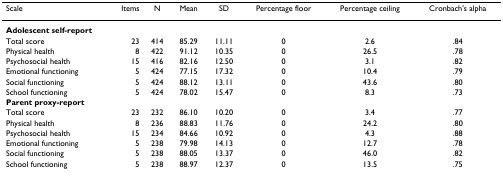
<table><thead><tr><td><b>Scale</b></td><td><b>Items</b></td><td><b>N</b></td><td><b>Mean</b></td><td><b>SD</b></td><td><b>Percentage floor</b></td><td><b>Percentage ceiling</b></td><td><b>Cronbach&#x27;s alpha</b></td></tr></thead><tbody><tr><td colspan="8"><b>Adolescent self-report</b></td></tr><tr><td>Total score</td><td>23</td><td>414</td><td>85.29</td><td>11.11</td><td>0</td><td>2.6</td><td>.84</td></tr><tr><td>Physical health</td><td>8</td><td>422</td><td>91.12</td><td>10.35</td><td>0</td><td>26.5</td><td>.78</td></tr><tr><td>Psychosocial health</td><td>15</td><td>416</td><td>82.16</td><td>12.50</td><td>0</td><td>3.1</td><td>.82</td></tr><tr><td>Emotional functioning</td><td>5</td><td>424</td><td>77.15</td><td>17.32</td><td>0</td><td>10.4</td><td>.79</td></tr><tr><td>Social functioning</td><td>5</td><td>424</td><td>88.12</td><td>13.11</td><td>0</td><td>43.6</td><td>.80</td></tr><tr><td>School functioning</td><td>5</td><td>424</td><td>78.02</td><td>15.47</td><td>0</td><td>8.3</td><td>.73</td></tr><tr><td colspan="8"><b>Parent proxy-report</b></td></tr><tr><td>Total score</td><td>23</td><td>232</td><td>86.10</td><td>10.20</td><td>0</td><td>3.4</td><td>.77</td></tr><tr><td>Physical health</td><td>8</td><td>236</td><td>88.83</td><td>11.76</td><td>0</td><td>24.2</td><td>.80</td></tr><tr><td>Psychosocial health</td><td>15</td><td>234</td><td>84.66</td><td>10.92</td><td>0</td><td>4.3</td><td>.88</td></tr><tr><td>Emotional functioning</td><td>5</td><td>238</td><td>79.98</td><td>14.13</td><td>0</td><td>12.7</td><td>.78</td></tr><tr><td>Social functioning</td><td>5</td><td>238</td><td>88.05</td><td>13.37</td><td>0</td><td>46.0</td><td>.82</td></tr><tr><td>School functioning</td><td>5</td><td>238</td><td>88.97</td><td>12.37</td><td>0</td><td>13.5</td><td>.75</td></tr></tbody></table>